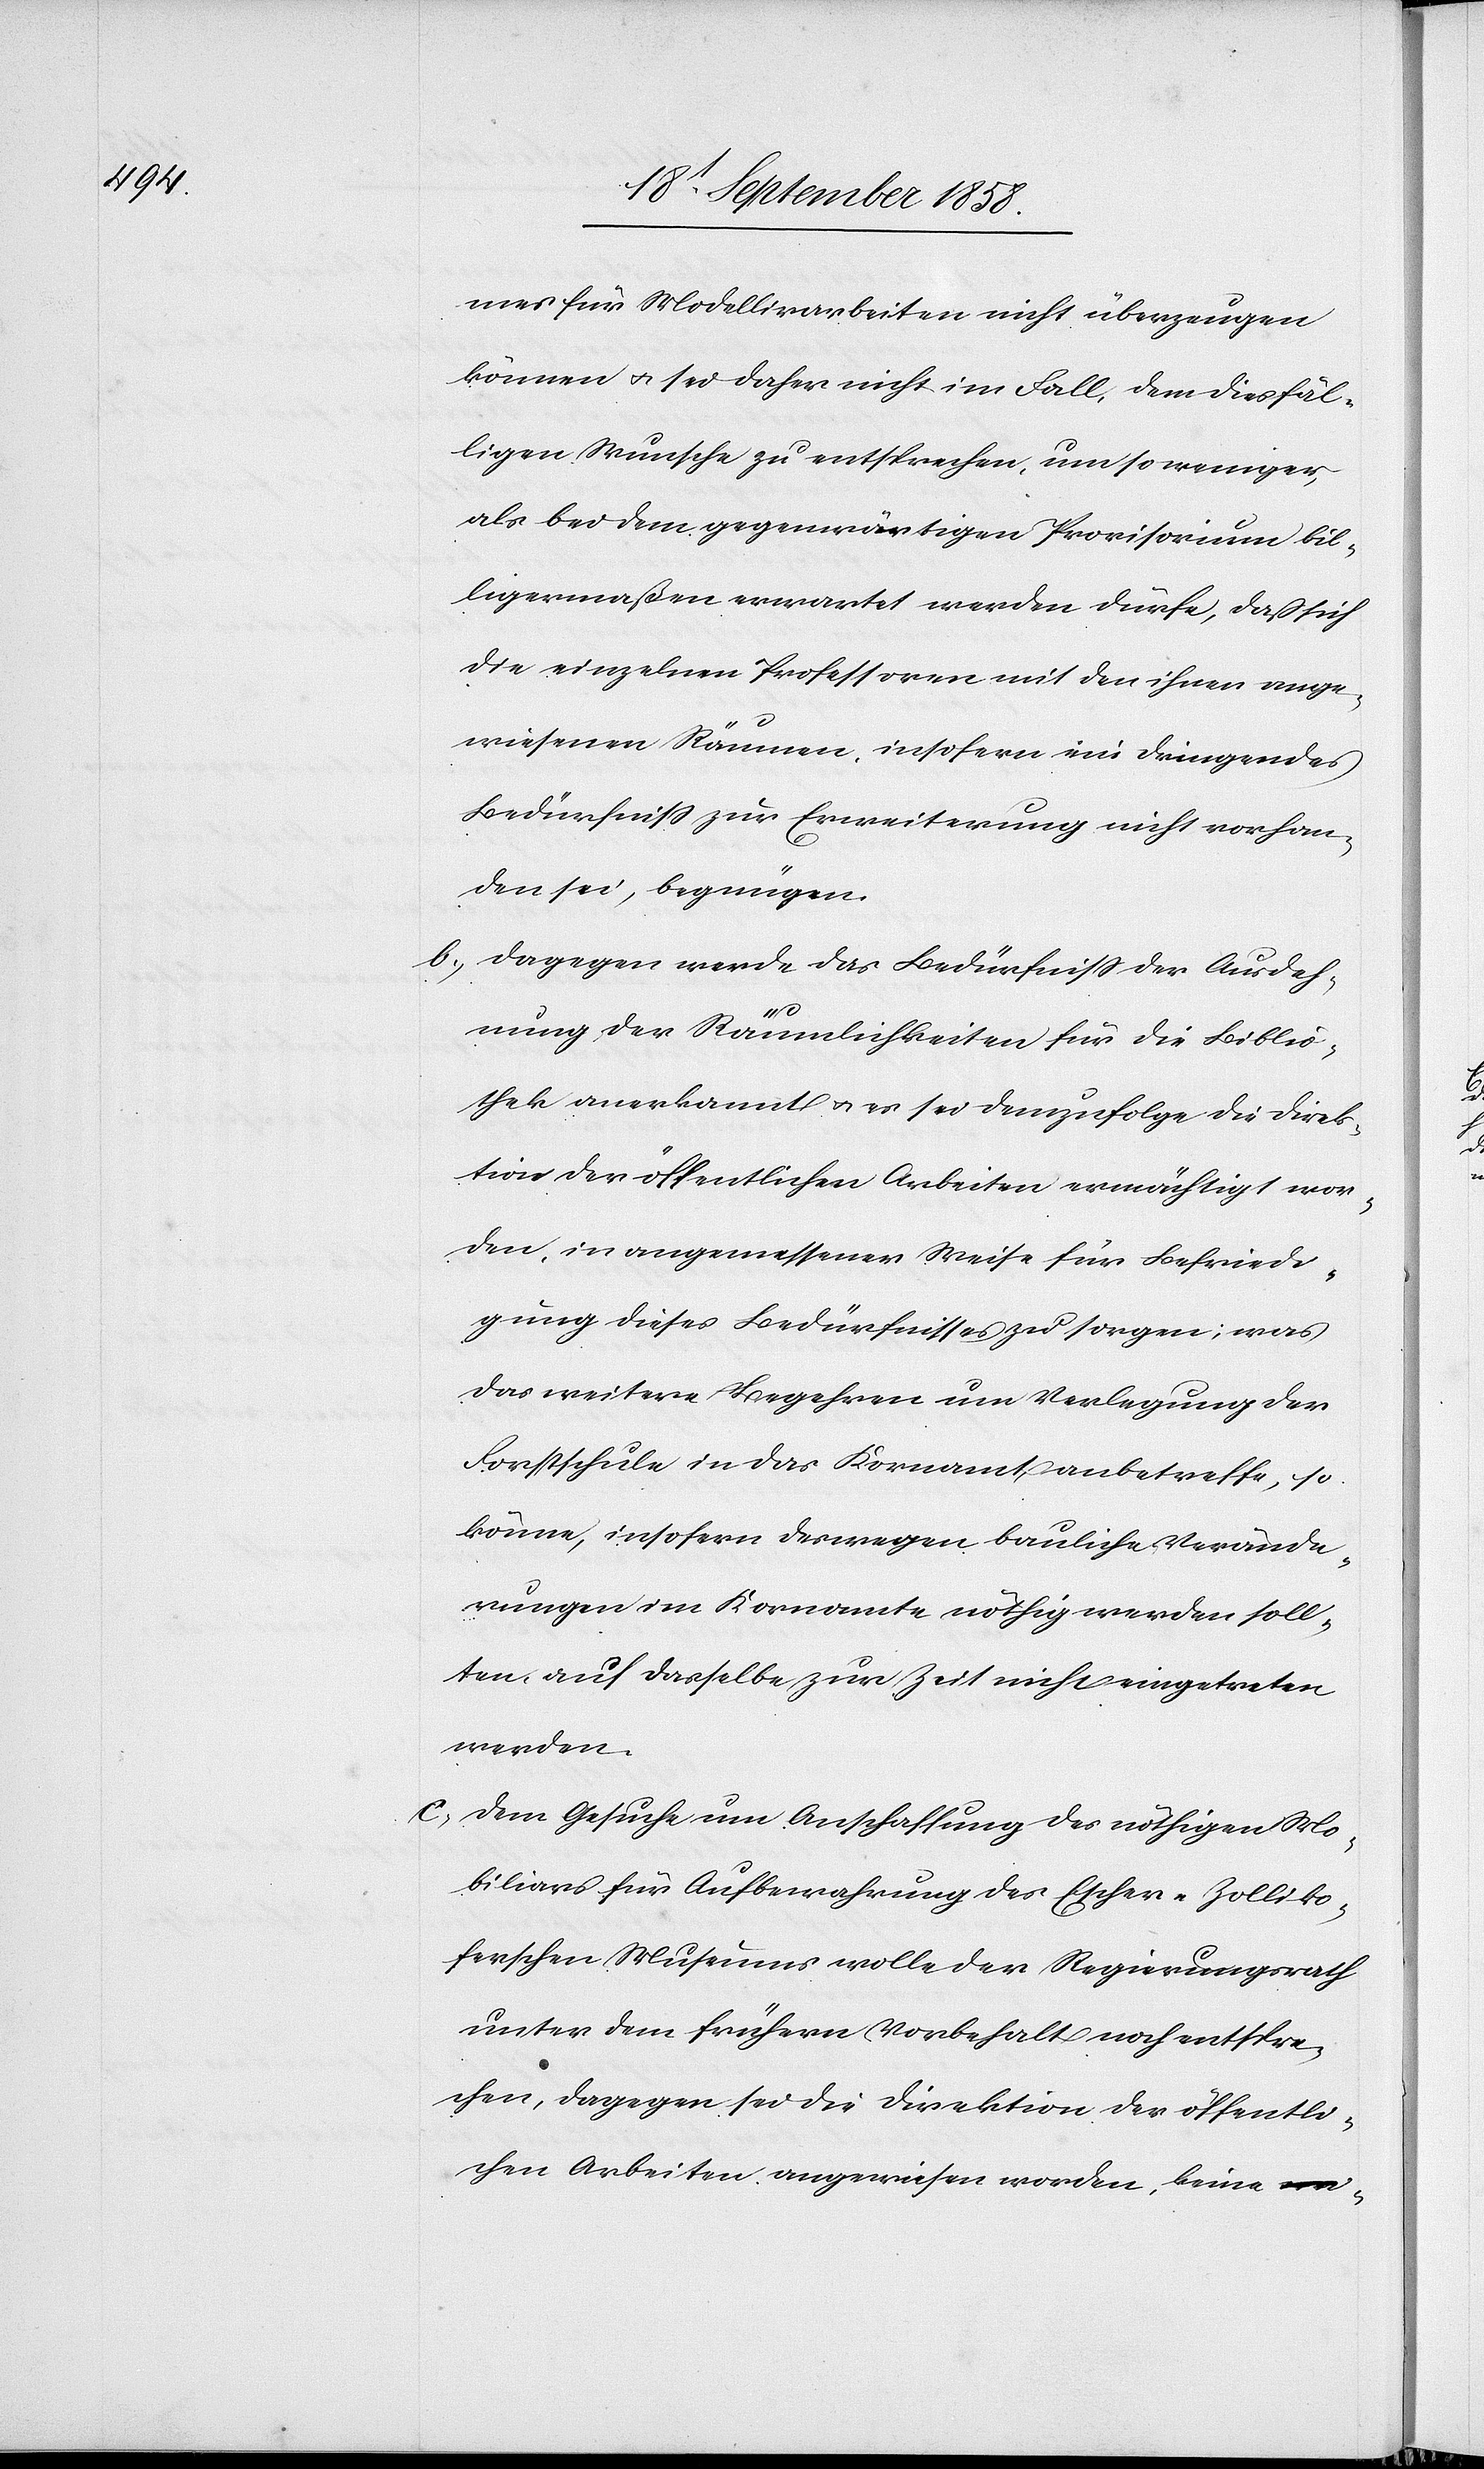
mes für Modellirarbeiten nicht überzeugen
können & sei daher nicht im Fall, dem diesfäl¬
ligen Wunsche zu entsprechen, um so weniger,
als bei dem gegenwärtigen Provisorium bil¬
ligermaßen erwartet werden dürfe, daß sich
die einzelnen Professoren mit den ihnen ange¬
wiesenen Räumen, insofern ein dringendes
Bedürfniss zur Erweiterung nicht vorhan¬
den sei, begnügen.
Dagegen werde das Bedürfniss der Ausdeh¬
nung der Räumlichkeiten für die Biblio¬
thek anerkannt & es sei demzufolge die Direk¬
tion der öffentlichen Arbeiten ermächtigt wor¬
den, in angemessener Weise für Befriedi¬
gung dieses Bedürfnisses zu sorgen; was
das weitere Begehren um Verlegung der
Forstschule in das Kornamt anbetreffe, so
könne, insofern deswegen bauliche Verände¬
rungen im Kornamte nöthig werden soll¬
ten, auf dasselbe zur Zeit nicht eingetreten
werden.
Dem Gesuche um Anschaffung des nöthigen Mo¬
biliars für Aufbewahrung des Escher-Zolliko¬
ferschen Museums wolle der Regierungsrath
unter dem frühern Vorbehalt noch entspre¬
chen, dagegen sei die Direktion der öffentli¬
chen Arbeiten angewiesen worden, keine